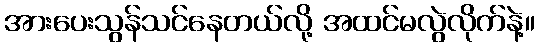
အားပေးသွန်သင်နေတယ်လို့ အထင်မလွဲလိုက်နဲ့။